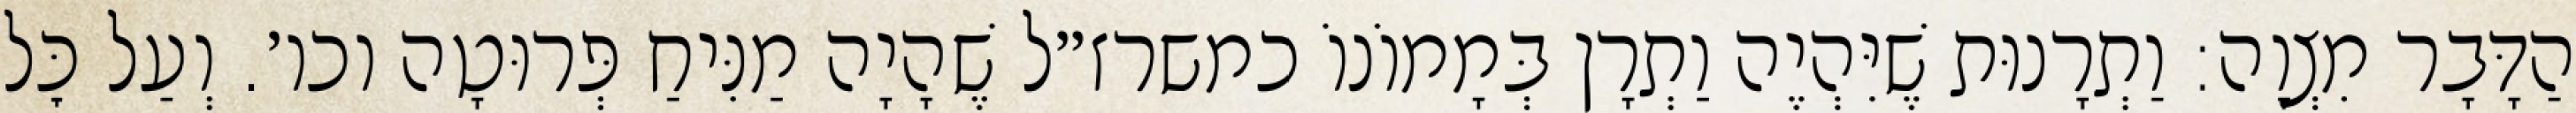
הַדָּבָר מִצְוָה: וַתְרָנוּת שֶׁיִּהְיֶה וַתְרָן בְּמָמוֹנוֹ כמשרז״ל שֶׁהָיָה מַנִּיחַ פְּרוּטָה וכו׳. וְעַל כׇּל